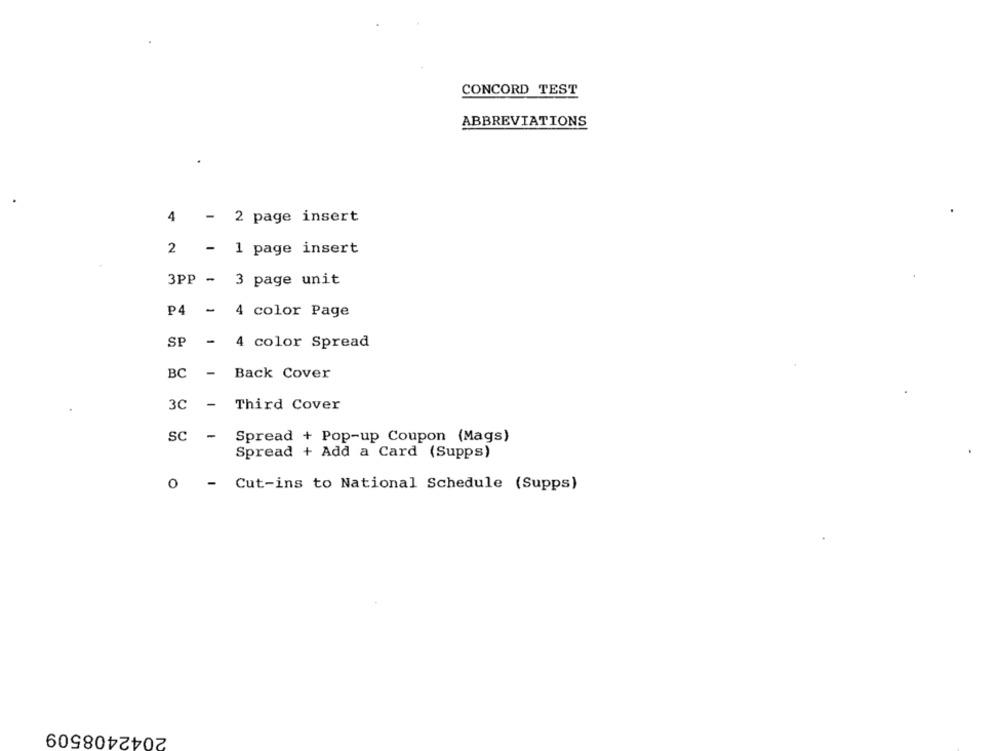
CONCORD TEST
ABBREVIATIONS
4
-
2 page insert
2
- 1 page insert
3PP - 3 page unit
P4 - 4 color Page
SE
- 4 color Spread
BC - Back Cover
3C - Third Cover
SC -
Spread + Pop-up Coupon (Mags)
Spread + Add a Card (Supps)
Cut-ins to National Schedule (Supps)
2042408509